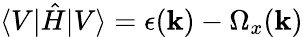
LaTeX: \langle V|\hat{H}|V\rangle=\epsilon(\mathbf{k})-\Omega_{x}(\mathbf{k})